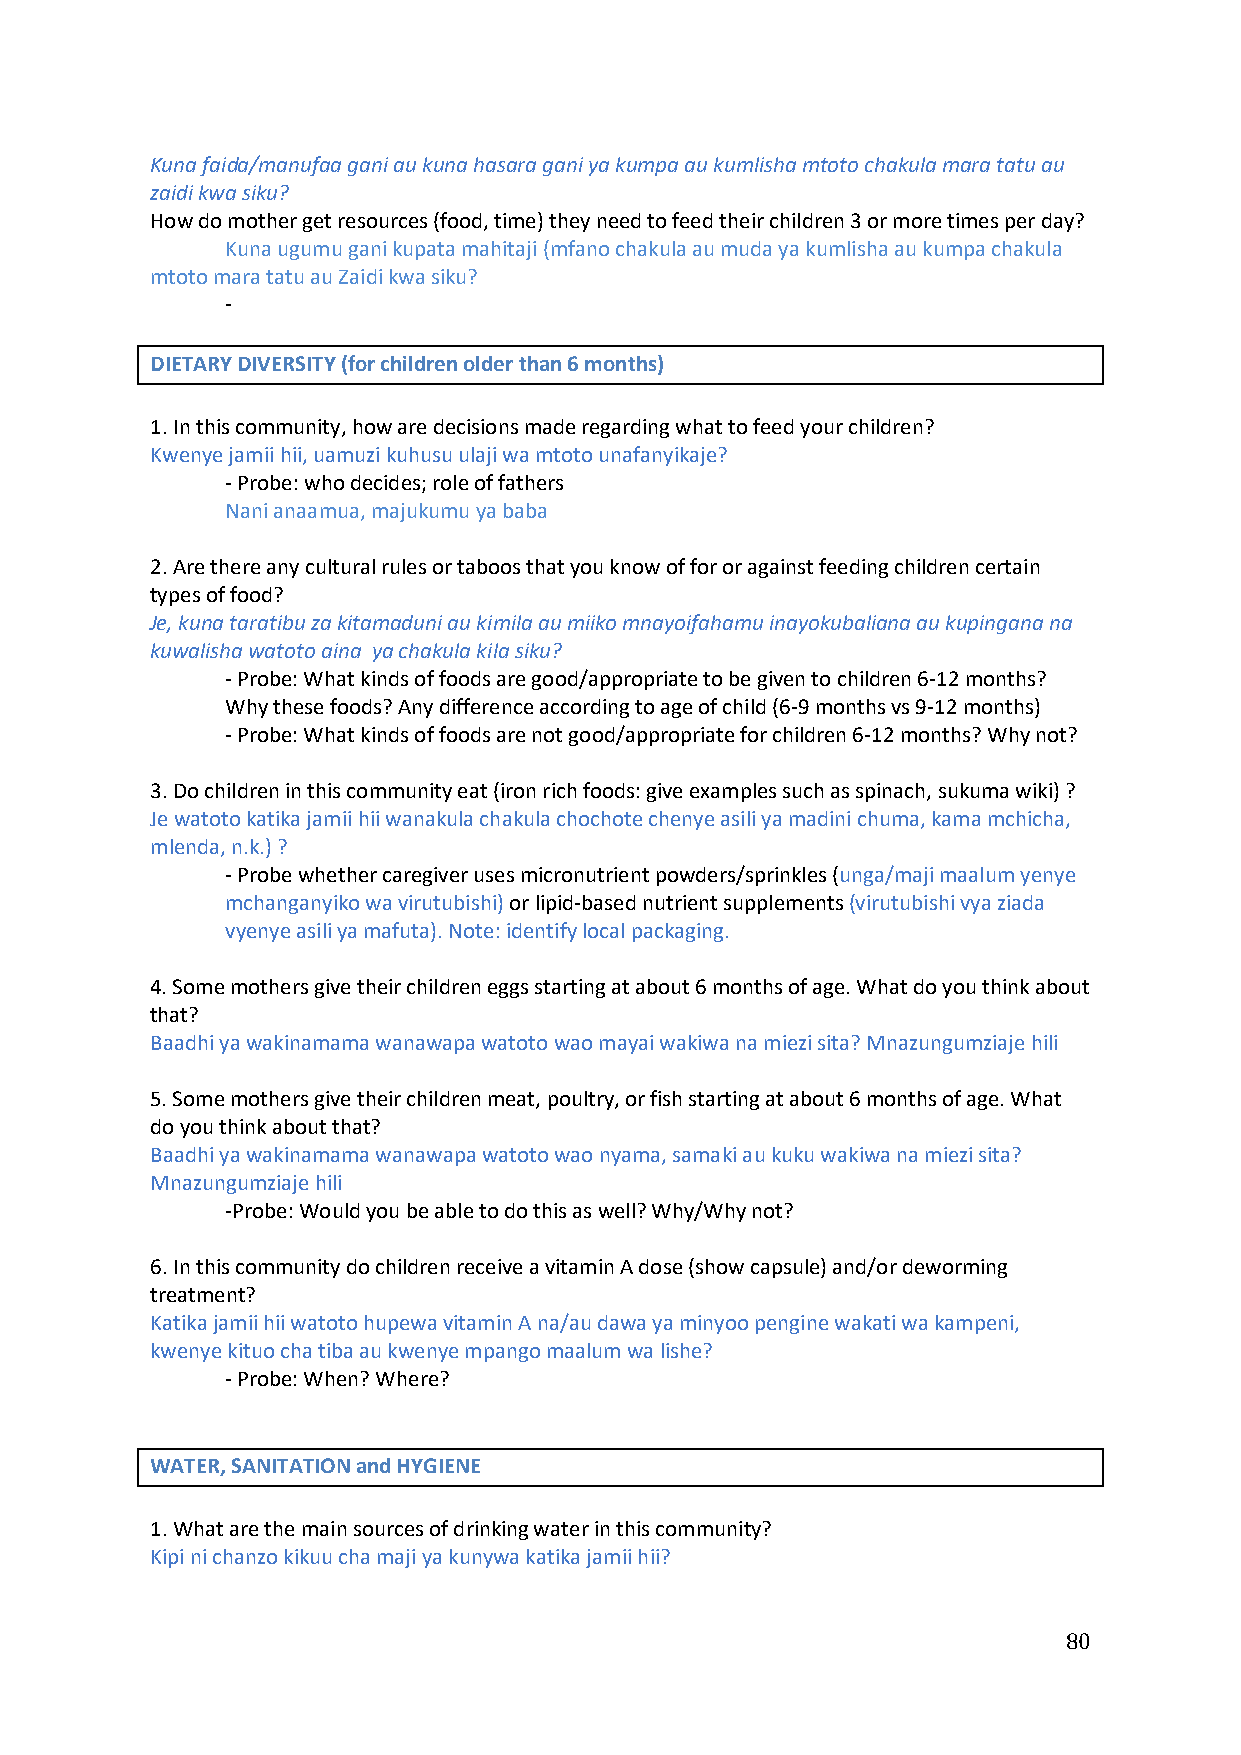
Kuna faida/manufaa gani au kuna hasara gani ya kumpa au kumlisha mtoto chakula mara tatu au
 zaidi kwa siku?
 How do mother get resources (food, time) they need to feed their children 3 or more times per day?
 Kuna ugumu gani kupata mahitaji (mfano chakula au muda ya kumlisha au kumpa chakula
 mtoto mara tatu au Zaidi kwa siku?
 -
 DIETARY DIVERSITY (for children older than 6 months)
 1. In this community, how are decisions made regarding what to feed your children?
 Kwenye jamii hii, uamuzi kuhusu ulaji wa mtoto unafanyikaje?
 - Probe: who decides; role of fathers
 Nani anaamua, majukumu ya baba
 2. Are there any cultural rules or taboos that you know of for or against feeding children certain
 types of food?
 Je, kuna taratibu za kitamaduni au kimila au miiko mnayoifahamu inayokubaliana au kupingana na
 kuwalisha watoto aina ya chakula kila siku?
 - Probe: What kinds of foods are good/appropriate to be given to children 6-12 months?
 Why these foods? Any difference according to age of child (6-9 months vs 9-12 months)
 - Probe: What kinds of foods are not good/appropriate for children 6-12 months? Why not?
 3. Do children in this community eat (iron rich foods: give examples such as spinach, sukuma wiki) ?
 Je watoto katika jamii hii wanakula chakula chochote chenye asili ya madini chuma, kama mchicha,
 mlenda, n.k.) ?
 - Probe whether caregiver uses micronutrient powders/sprinkles (unga/maji maalum yenye
 mchanganyiko wa virutubishi) or lipid-based nutrient supplements (virutubishi vya ziada
 vyenye asili ya mafuta). Note: identify local packaging.
 4. Some mothers give their children eggs starting at about 6 months of age. What do you think about
 that?
 Baadhi ya wakinamama wanawapa watoto wao mayai wakiwa na miezi sita? Mnazungumziaje hili
 5. Some mothers give their children meat, poultry, or fish starting at about 6 months of age. What
 do you think about that?
 Baadhi ya wakinamama wanawapa watoto wao nyama, samaki au kuku wakiwa na miezi sita?
 Mnazungumziaje hili
 -Probe: Would you be able to do this as well? Why/Why not?
 6. In this community do children receive a vitamin A dose (show capsule) and/or deworming
 treatment?
 Katika jamii hii watoto hupewa vitamin A na/au dawa ya minyoo pengine wakati wa kampeni,
 kwenye kituo cha tiba au kwenye mpango maalum wa lishe?
 - Probe: When? Where?
 WATER, SANITATION and HYGIENE
 1. What are the main sources of drinking water in this community?
 Kipi ni chanzo kikuu cha maji ya kunywa katika jamii hii?
 80